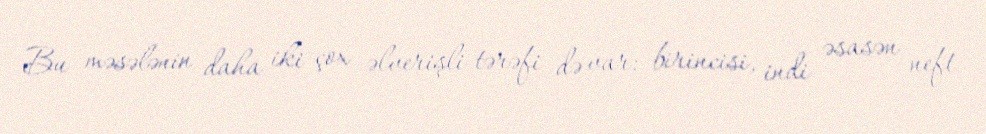
Bu məsələnin daha iki çox əlverişli tərəfi də var: birincisi, indi əsasən neft